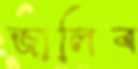
জালিব